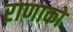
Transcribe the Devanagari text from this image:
राणाको